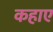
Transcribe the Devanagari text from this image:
कहाए